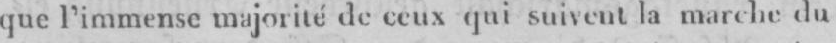
que l’immense majorité de ceux qui suivent la marche du